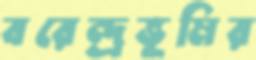
বরেন্দ্রভূমির